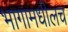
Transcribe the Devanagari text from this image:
भागामधीलच